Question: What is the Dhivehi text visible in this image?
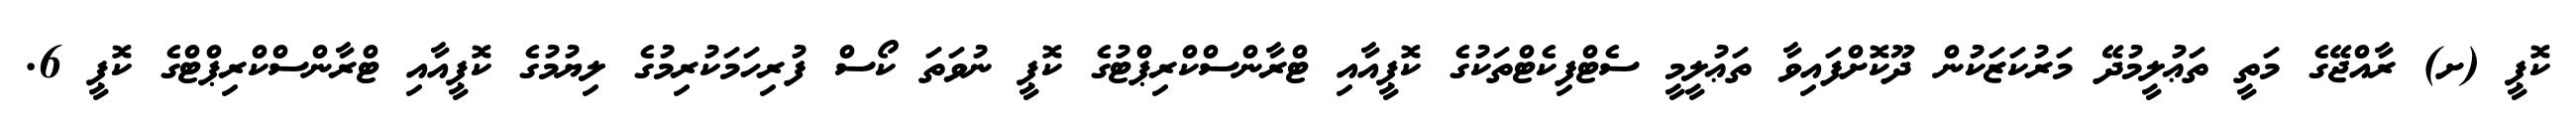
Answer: ކޮޕީ (ށ) ރާއްޖޭގެ މަތީ ތަޢުލީމުދޭ މަރުކަޒަކުން ދޫކޮށްފައިވާ ތަޢުލީމީ ސެޓްފިކެޓްތަކުގެ ކޮޕީއާއި ޓްރާންސްކްރިޕްޓުގެ ކޮޕީ ނުވަތަ ކޯސް ފުރިހަމަކުރިމުގެ ލިޔުމުގެ ކޮޕީއާއި ޓްރާންސްކްރިޕްޓްގެ ކޮޕީ 6.